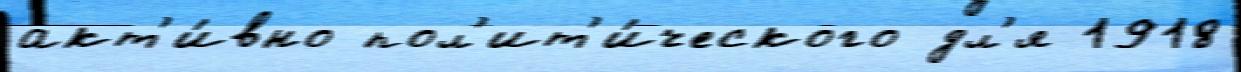
акт'и́вно пол'ит'и́ческого дл'я 1918